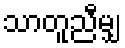
သာတူညီမျှ